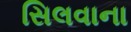
સિલવાના